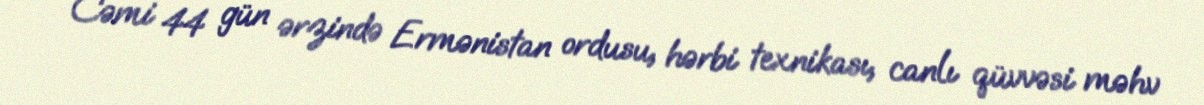
Cəmi 44 gün ərzində Ermənistan ordusu, hərbi texnikası, canlı qüvvəsi məhv